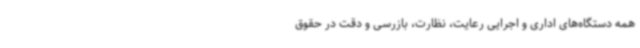
همه دستگاه‌های اداری و اجرایی رعایت، نظارت، بازرسی و دقت در حقوق